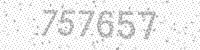
Solution: 757657